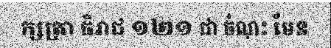
ក្សត្រា ធិរាជ ១២១ ជា ចំណុះ មែន